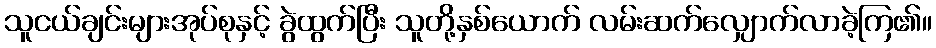
သူငယ်ချင်းများအုပ်စုနှင့် ခွဲထွက်ပြီး သူတို့နှစ်ယောက် လမ်းဆက်လျှောက်လာခဲ့ကြ၏။